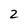
Character: 2